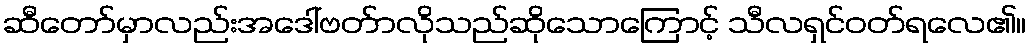
ဆီတော်မှာလည်းအဒေါ်ဗတ်ာလိုသည်ဆိုသောကြောင့် သီလရှင်ဝတ်ရလေ၏။